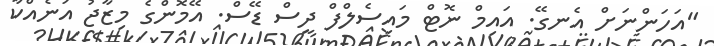
"އަހަންނަށް އެނގޭ. އައިމް ނޮޓް މައިސެލްފް ދީސް ޑޭސް. އޭމޮންގެ މިޒާޖު އަނެއްކާ